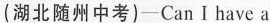
(湖北随州中考)—Can I have a